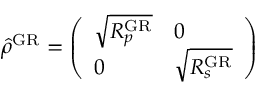
\begin{array} { r } { \hat { \rho } ^ { \mathrm { G R } } = \left( \begin{array} { l l } { \sqrt { R _ { p } ^ { \mathrm { G R } } } } & { 0 } \\ { 0 } & { \sqrt { R _ { s } ^ { \mathrm { G R } } } } \end{array} \right) } \end{array}